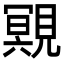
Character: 覭